画像に写った文字を読んでください
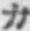
「カ」と書いてあります